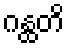
ဂန္ထတိ